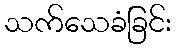
သက်သေခံခြင်း